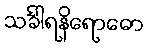
သင်္ခါရနိရောဓော